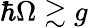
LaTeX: \hbar\Omega\gtrsim g